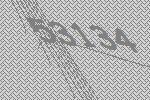
53134